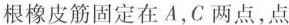
根橡皮筋固定在A，C两点，点